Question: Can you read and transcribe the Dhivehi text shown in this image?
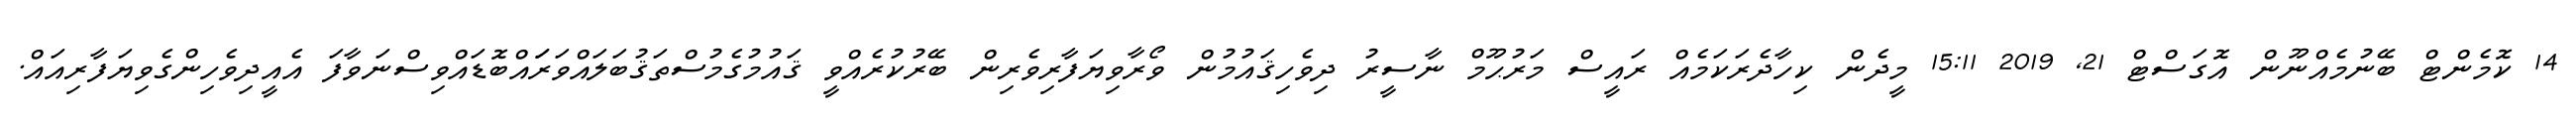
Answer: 14 ކޮމެންޓް ބޭނުމެއްނޫން އޮގަސްޓް 21, 2019 15:11 މީދެން ކިހާދެރަކަމެއް ރައީސް މަރުޙޫމް ނާސީރު ދިވެހިޤައުމުން ވޯރާވިޔަފާރިވެރިން ބޭރުކުރެއްވީ ޤައުމުގެމުސްތަޤުބަލައްވަރަައްބޮޑައްވިސްނަވާފަ އެއީދިވެހިންގެވިޔަފާރިއައް.